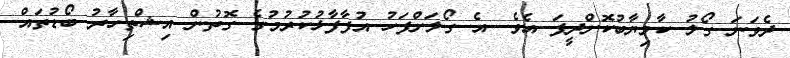
ދެވަނަ ގޯލު ކާމިޔާބުކޮށްދީފަ އެވެ. އެ ގޯލަށްފަހު އުފާފާޅުކުރުމުގެ ގޮތުން އިޝްތިހާރު ބޯޑުތައް